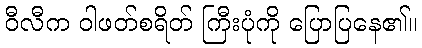
ဝီလီက ဝါဖတ်စရိတ် ကြီးပုံကို ပြောပြနေ၏။